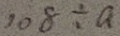
1 0 8 \div a